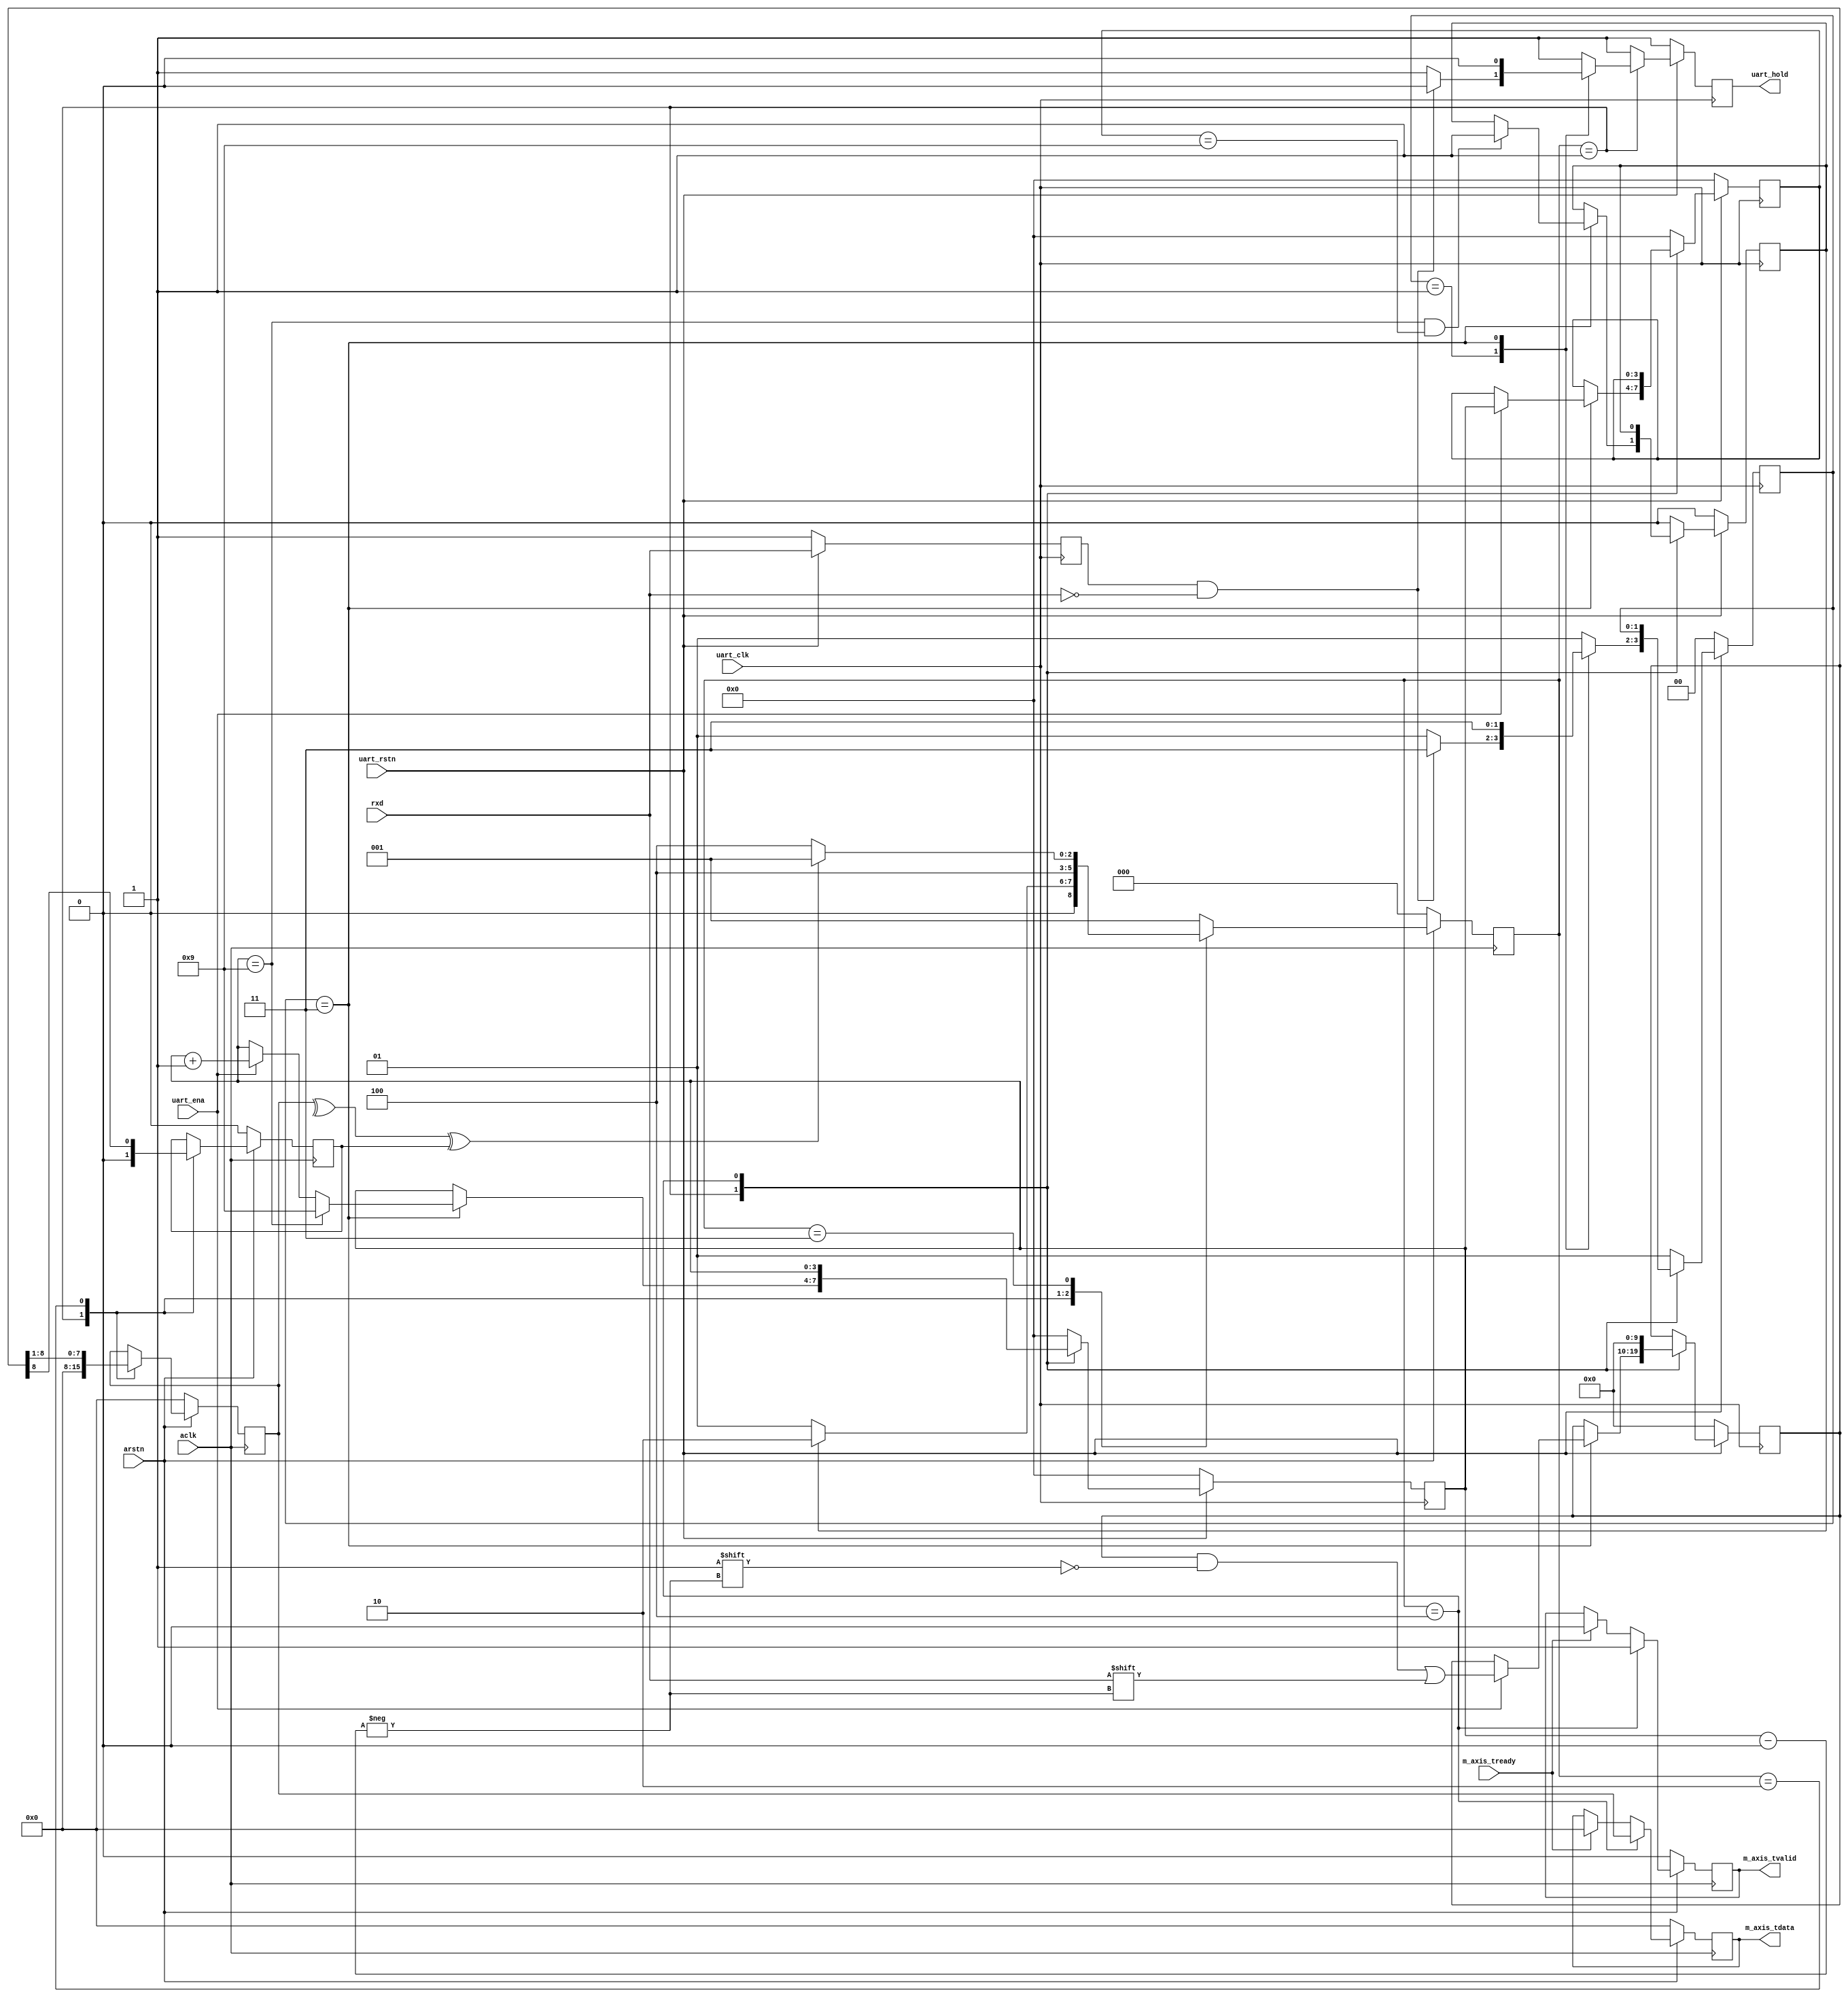
// ***************************************************************************
// ***************************************************************************
// @FILE    util_axis_uart_rx.v
// @AUTHOR  JAY CONVERTINO
// @DATE    2021.06.24
// @BRIEF   AXIS UART RX CORE
//
// @LICENSE MIT
//  Copyright 2021 Jay Convertino
//
//  Permission is hereby granted, free of charge, to any person obtaining a copy
//  of this software and associated documentation files (the "Software"), to 
//  deal in the Software without restriction, including without limitation the
//  rights to use, copy, modify, merge, publish, distribute, sublicense, and/or 
//  sell copies of the Software, and to permit persons to whom the Software is 
//  furnished to do so, subject to the following conditions:
//
//  The above copyright notice and this permission notice shall be included in 
//  all copies or substantial portions of the Software.
//
//  THE SOFTWARE IS PROVIDED "AS IS", WITHOUT WARRANTY OF ANY KIND, EXPRESS OR 
//  IMPLIED, INCLUDING BUT NOT LIMITED TO THE WARRANTIES OF MERCHANTABILITY, 
//  FITNESS FOR A PARTICULAR PURPOSE AND NONINFRINGEMENT. IN NO EVENT SHALL THE
//  AUTHORS OR COPYRIGHT HOLDERS BE LIABLE FOR ANY CLAIM, DAMAGES OR OTHER 
//  LIABILITY, WHETHER IN AN ACTION OF CONTRACT, TORT OR OTHERWISE, ARISING 
//  FROM, OUT OF OR IN CONNECTION WITH THE SOFTWARE OR THE USE OR OTHER DEALINGS
//  IN THE SOFTWARE.
// ***************************************************************************
// ***************************************************************************

`timescale 1ns/100ps

//uart
module util_axis_uart_rx #(
    parameter parity_ena  = 0,
    parameter parity_type = 0,
    parameter stop_bits   = 1,
    parameter data_bits   = 8,
    parameter delay       = 0
  ) 
  (
    //clock and reset
    input aclk,
    input arstn,
    //master output
    output  reg[data_bits-1:0]  m_axis_tdata,
    output  reg                 m_axis_tvalid,
    input                       m_axis_tready,
    //uart input
    input         uart_clk,
    input         uart_rstn,
    input         uart_ena,
    output  reg   uart_hold,
    input         rxd
  );
  
  //start bit size... :)
  localparam integer start_bit = 1;
  //bits per transmission
  localparam integer bits_per_trans = start_bit + data_bits + parity_ena + stop_bits;
  //states
  // data capture
  localparam data_cap     = 3'd1;
  // reduce data
  localparam data_reduce  = 3'd2;
  // parity generator
  localparam parity_gen   = 3'd3;
  // transmit data
  localparam trans        = 3'd4;
  // someone made a whoops
  localparam error        = 0;
  //uart_states
  localparam start_wait   = 2'd1;
  localparam data_at_baud = 2'd3;
  
  //data reg
  reg [bits_per_trans-1:0]reg_data;
  //parity bit storage
  reg parity_bit;
  //state machine
  reg [2:0]  state = error;
  reg [1:0]  uart_state = error;
  //data to transmit
  reg [data_bits-1:0] data;
  //counters
  reg [clogb2(bits_per_trans)-1:0]  trans_counter;
  reg [clogb2(bits_per_trans)-1:0]  prev_trans_counter;
  //previous states
  reg p_rxd;
  //transmit done
  reg trans_fin;
  //wire_rxd
  wire wire_rxd;
  
  //axis data output
  always @(posedge aclk) begin
    if(arstn == 1'b0) begin
      m_axis_tdata  <= 0;
      m_axis_tvalid <= 0;
    end else begin
      m_axis_tdata <= m_axis_tdata;
      m_axis_tvalid<= m_axis_tvalid;
      case (state)
        //once the state machine is in transmisson state, begin data output
        trans: begin
          m_axis_tdata  <= data;
          m_axis_tvalid <= 1'b1;
        end
        //are we ready kids???? EYYY EYYY CAPTIAN....OHHHHH WHO LIVES IN A PINEAPPLE UNDER THE SEA.
        //...*cough* if we are ready, the data was captured. 0 it out to avoid duplicates.
        default: begin
          if(m_axis_tready == 1'b1) begin
            m_axis_tdata  <= 0;
            m_axis_tvalid <= 0;
          end
        end
        endcase
    end
  end
            
  //data processing
  always @(posedge aclk) begin
    if(arstn == 1'b0) begin
      state           <= error;
      data            <= 0;
      parity_bit      <= 0;
    end else begin
      case (state)
        //capture data from interface (rx input below)
        data_cap: begin
          state         <= data_cap;
          data          <= 0;
          parity_bit    <= 0;
          
          //once we hit trans_fin, we can goto data combine.
          if(trans_fin == 1'b1) begin
            state <= data_reduce;
          end
        end
        data_reduce: begin
          state <= (parity_ena == 1'b1 ? parity_gen : trans);
          
          data <= reg_data[start_bit+data_bits-1:start_bit];
          
          parity_bit <= reg_data[bits_per_trans-stop_bits-1];
        end
        //compare to parity bit of incomming data and store in command
        parity_gen: begin
          state <= trans;
          
          case (parity_type)
            //odd parity
            1:
              if(^data ^ 1'b1 ^ parity_bit)
                state <= data_cap;
            //mark parity
            2:
              if(parity_bit != 1'b1)
                state <= data_cap;
            //space parity
            3:
              if(parity_bit != 1'b0)
                state <= data_cap;
            //even parity
            default:
              if(^data ^ parity_bit)
                state <= data_cap;
          endcase
        end
        //transmit data, actually done in data output process below.
        trans:
          state <= data_cap;
        //error state, goto data_cap
        default:
          state <= data_cap;
      endcase
    end
  end
  
  //delay input of data
  generate
    if(delay > 0) begin
      //delays
      reg [delay:0] delay_rx;
      
      assign wire_rxd = delay_rx[delay];
      
      always @(posedge uart_clk) begin
        if(uart_rstn == 1'b0) begin
          delay_rx <= 0;
        end else begin
          delay_rx <= {delay_rx[delay-1:0], rxd};
        end
      end
    end else begin
      assign wire_rxd = rxd;
    end
  endgenerate
  
  //rxd data input posedge
  always @(posedge uart_clk) begin
    if(uart_rstn == 1'b0) begin
      reg_data            <= 0;
      uart_state          <= error;
      p_rxd               <= 1;
      trans_counter       <= 0;
      prev_trans_counter  <= 0;
      trans_fin           <= 0;
      uart_hold           <= 1;
    end else begin
      p_rxd <= wire_rxd;
      uart_hold <= 1'b1;
      
      case (state)
        //once the state machine is in data caputre state, begin data capture when a diff in the line is sampled.
        data_cap: begin
          case (uart_state)
            //wait for sync bit (start) to begin capture of data at baud rate
            start_wait: begin
              uart_state <= start_wait;
              
              //falling edge of wire_rxd is start bit (1 to 0).
              if((p_rxd == 1'b1) && (wire_rxd == 1'b0)) begin
                uart_state <= data_at_baud;
                uart_hold  <= 1'b0;
              end
            end
            //once sync'd, caputre data at baud rate
            data_at_baud: begin
              uart_state <= data_at_baud;
              uart_hold  <= 1'b0;
              
              //on uart enable, capture data... delay added if need be.
              if(uart_ena == 1'b1) begin
                reg_data[trans_counter] <= wire_rxd;
            
                trans_counter <= trans_counter + 1;
                
                prev_trans_counter <= trans_counter;
              end
              
              //once we hit bits_per_trans-1, we can goto data combine.
              if((trans_counter == bits_per_trans-1) && (prev_trans_counter == bits_per_trans-1)) begin
                trans_fin <= 1'b1;
              end
              
              //once bits_per_trans-1 hold counter
              if(trans_counter == bits_per_trans-1) begin
                trans_counter <= bits_per_trans-1;
              end
            end
            default:
              uart_state <= start_wait;
          endcase
        end
        trans: begin
          reg_data <= 0;
        end
        //default state of counter
        default: begin
          uart_state          <= start_wait;
          trans_fin           <= 0;
          trans_counter       <= 0;
          prev_trans_counter  <= 0;
        end
        endcase
    end
  end
  
  //copied from the IEEE 1364-2001 Standard
  function integer clogb2;
    input [31:0] value;
    begin
        value = value - 1;
        for (clogb2 = 0; value > 0; clogb2 = clogb2 + 1) begin
            value = value >> 1;
        end
    end
  endfunction
endmodule